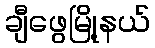
ချီဖွေမြို့နယ်